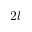
2 l